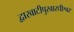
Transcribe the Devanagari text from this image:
द्वारवाटीपुरवारधीश्वर